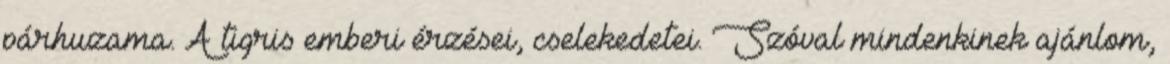
párhuzama. A tigris emberi érzései, cselekedetei. Szóval mindenkinek ajánlom,